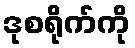
ဒုစရိုက်ကို